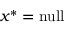
x ^ { * } = { \mathrm { n u l l } }